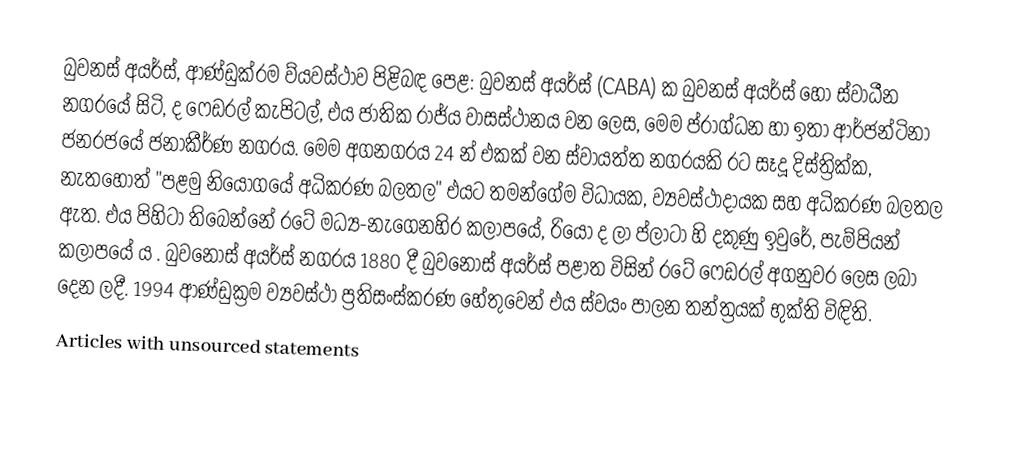
බුවනස් අයර්ස්, ආණ්ඩුක්රම ව්යවස්ථාව පිළිබඳ පෙළ: බුවනස් අයර්ස් (CABA) ක බුවනස් අයර්ස් හෝ ස්වාධීන නගරයේ සිටි,  ද ෆෙඩරල් කැපිටල්, එය ජාතික රාජ්ය වාසස්ථානය වන ලෙස,  මෙම ප්රාග්ධන හා ඉතා ආර්ජන්ටිනා ජනරජයේ ජනාකීර්ණ නගරය. මෙම අගනගරය 24 න් එකක් වන ස්වායත්ත නගරයකි රට සෑදූ දිස්ත්‍රික්ක, නැතහොත් "පළමු නියෝගයේ අධිකරණ බලතල"  එයට තමන්ගේම විධායක, ව්‍යවස්ථාදායක සහ අධිකරණ බලතල ඇත. එය පිහිටා තිබෙන්නේ රටේ මධ්‍ය-නැගෙනහිර කලාපයේ, රියෝ ද ලා ප්ලාටා හි දකුණු ඉවුරේ, පැම්පියන් කලාපයේ ය . බුවනෝස් අයර්ස් නගරය 1880 දී බුවනෝස් අයර්ස් පළාත විසින් රටේ ෆෙඩරල් අගනුවර ලෙස ලබා දෙන ලදී. 1994 ආණ්ඩුක්‍රම ව්‍යවස්ථා ප්‍රතිසංස්කරණ හේතුවෙන් එය ස්වයං පාලන තන්ත්‍රයක් භුක්ති විඳිති.
Articles with unsourced statements